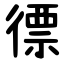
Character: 徱